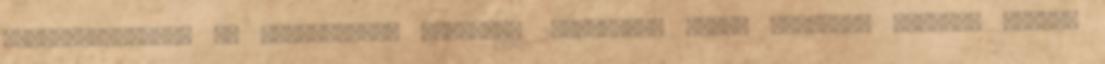
felhasználásnál az energetikai hatásfok 20-30%-kal cella típustól függően javul,